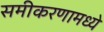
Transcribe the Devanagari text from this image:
समीकरणामध्ये